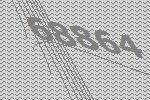
68864